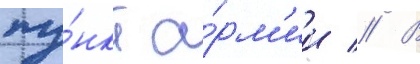
пу́нкт а́рм'ии // В